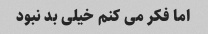
اما فکر می کنم خیلی بد نبود